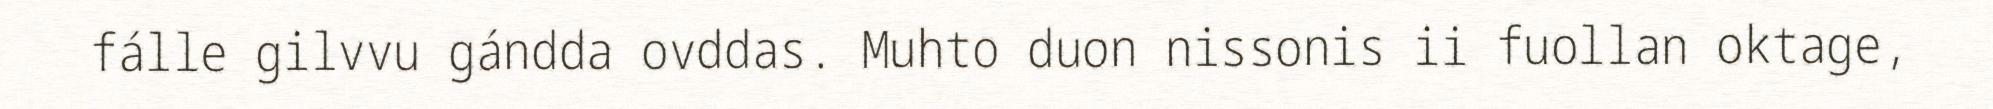
fálle gilvvu gándda ovddas. Muhto duon nissonis ii fuollan oktage,